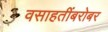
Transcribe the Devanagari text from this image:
वसाहतींबरोबर